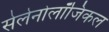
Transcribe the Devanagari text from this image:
सेलेनोलॉजिकल